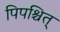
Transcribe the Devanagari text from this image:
पिपश्चित्